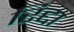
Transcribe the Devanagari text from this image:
रिद्दा